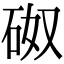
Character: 𥑌